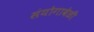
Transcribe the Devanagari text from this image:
संयोगावेळी